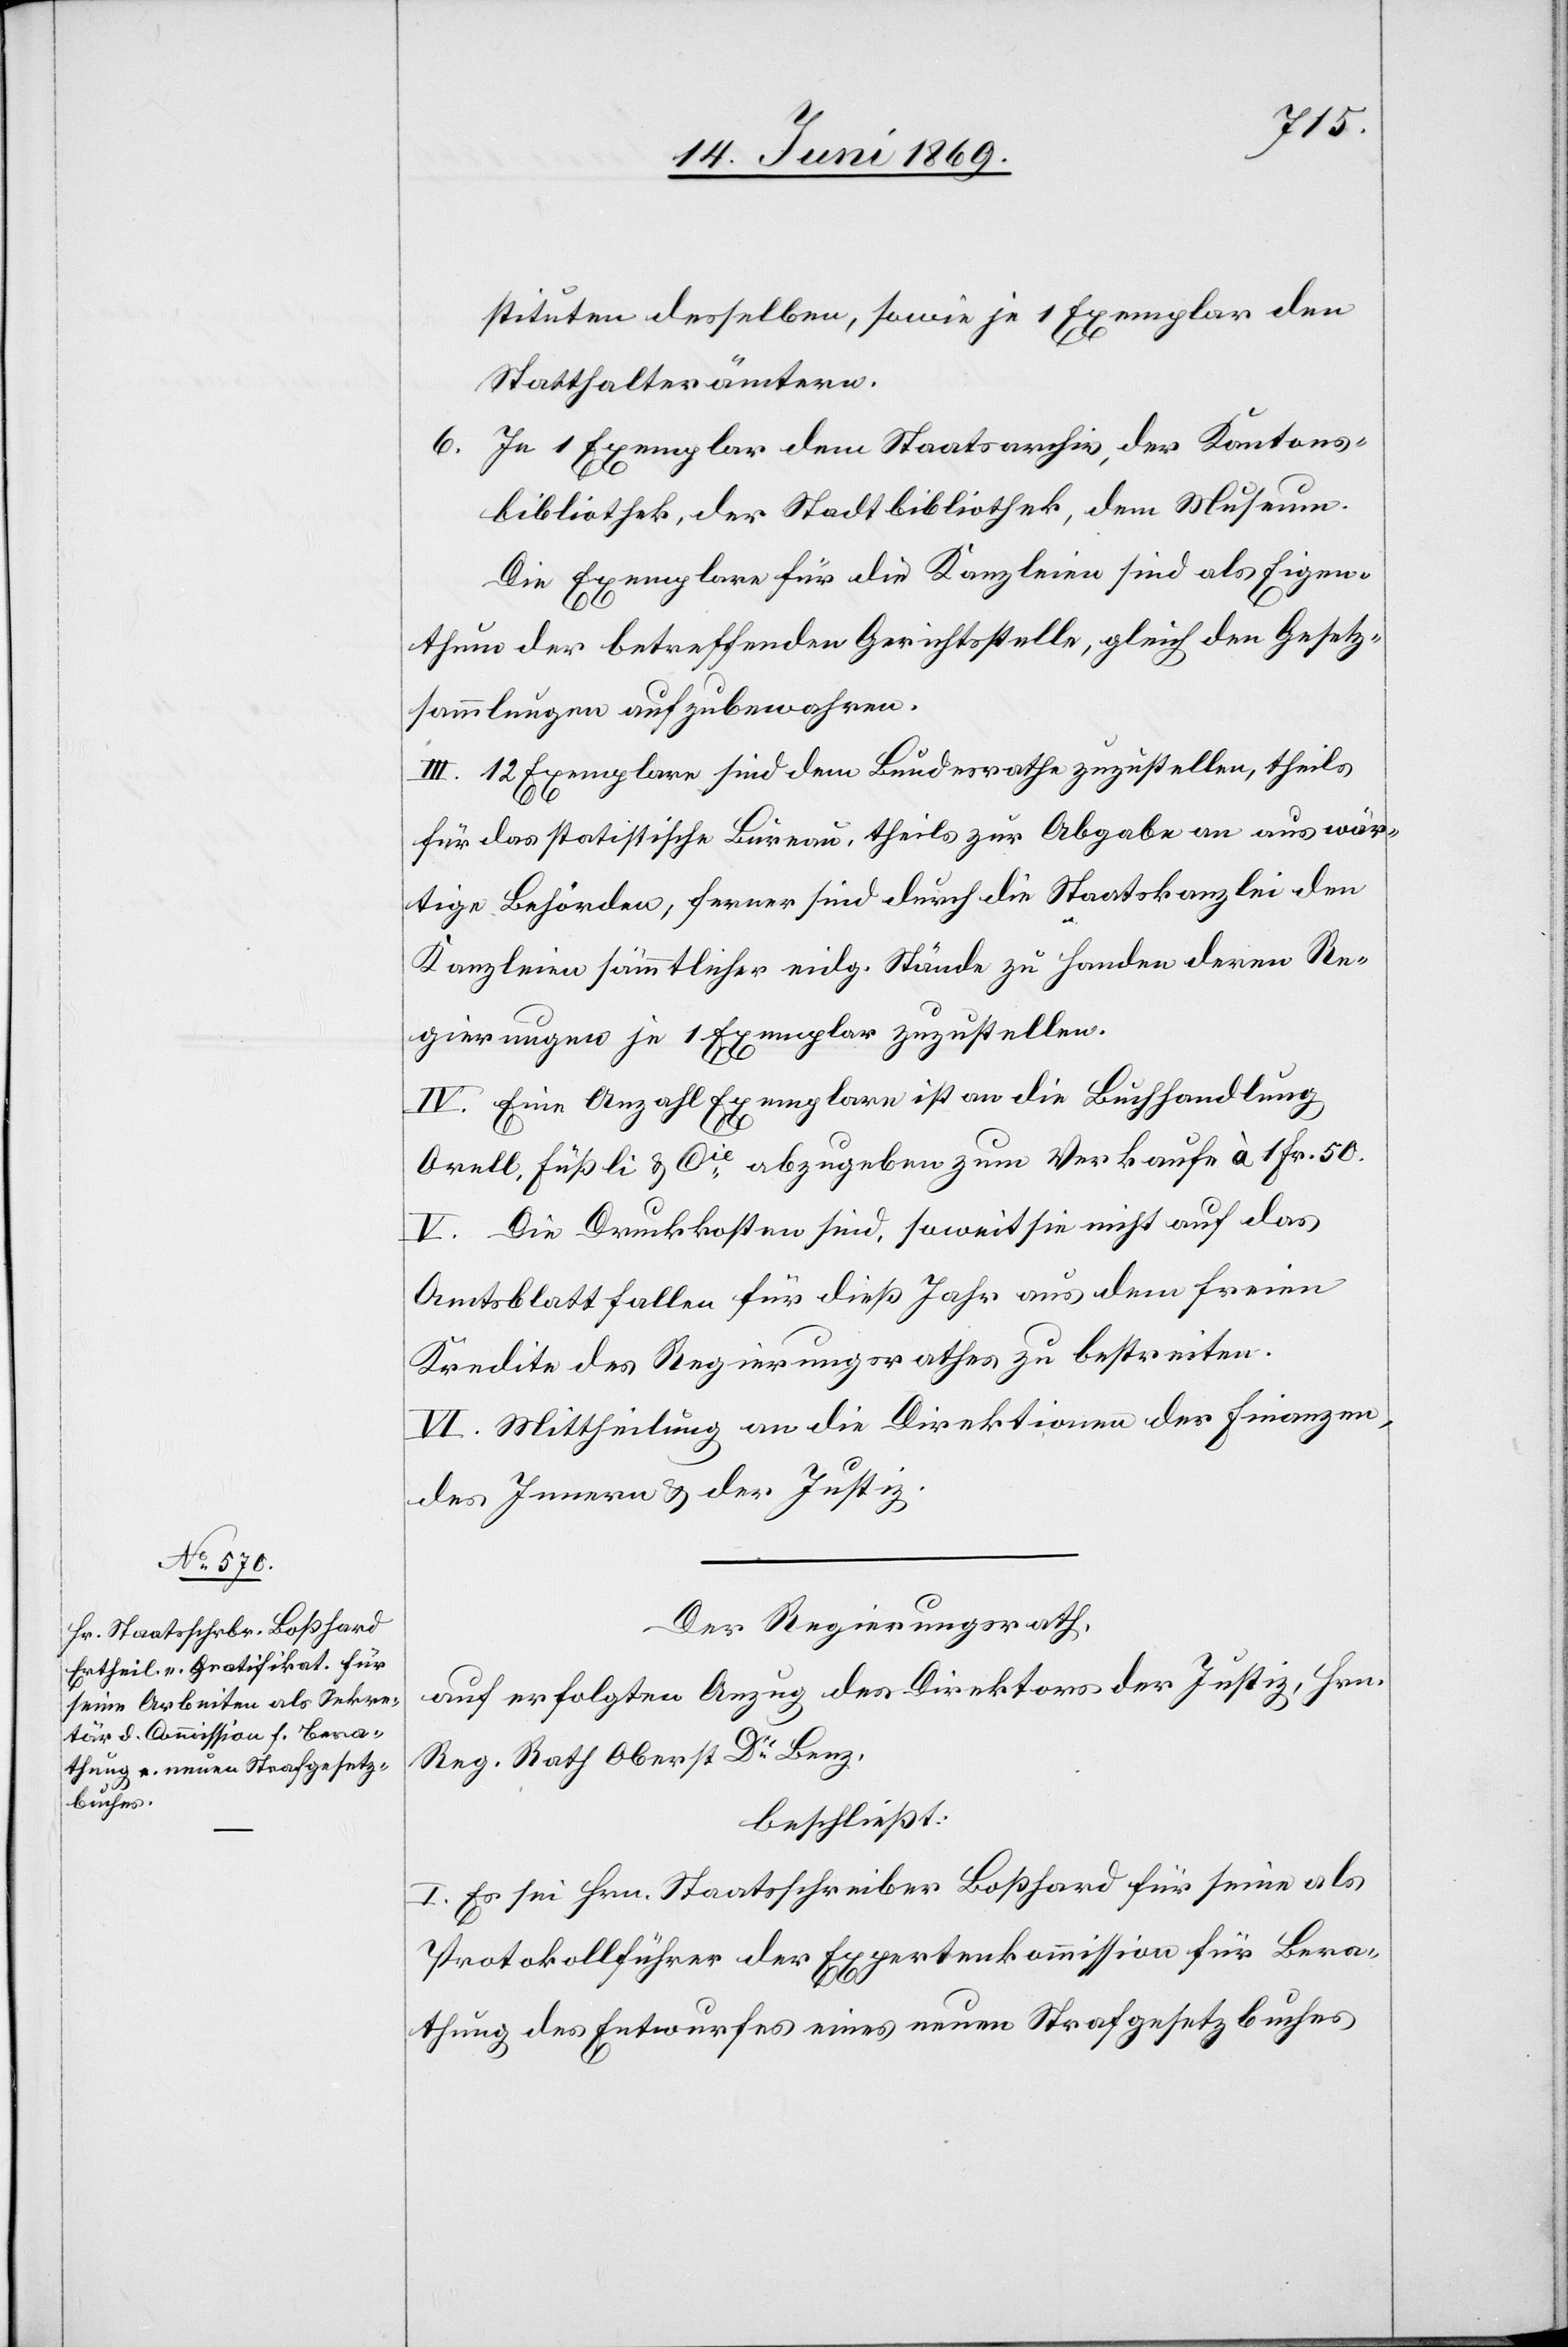
stituten desselben, sowie je 1 Exemplar den
Statthalterämtern.
6. Je 1 Exemplar dem Staatsarchiv, der Kantons¬
bibliothek, der Stadtbibliothek, dem Museum.
Die Exemplare für die Kanzleien sind als Eigen¬
thum der betreffenden Gerichtsstelle, gleich den Gesetz¬
sammlungen aufzubewahren.
III. 12 Exemplare sind dem Bundesrathe zuzustellen, theils
für das statistische Bureau, theils zur Abgabe an auswär¬
tige Behörden, ferner sind durch die Staatskanzlei den
Kanzleien sämmtlicher eidg. Stände zu Handen deren Re¬
gierungen je 1 Exemplar zuzustellen.
IV. Eine Anzahl Exemplare ist an die Buchhandlung
Orell, Füßli u. Cie, abzugeben zum Verkaufe à 1 Fr. 50.
V. Die Druckkosten sind, soweit sie nicht auf das
Amtsblatt fallen für dieß Jahr aus dem freien
Kredite des Regierungsrathes zu bestreiten.
VI. Mittheilung an die Direktion der Finanzen,
des Innern u. der Justiz.
Der Regierungsrath,
auf erfolgten Anzug des Direktion der Justiz, Hrn.
Reg. Rath Oberst Dr Benz,
beschließt:
I. Es sei Hrn. Staatsschreiber Boßhard für seine als
Protokollführer der Expertenkommission für Bera¬
thung des Entwurfes eines neuen Strafgesetzbuches